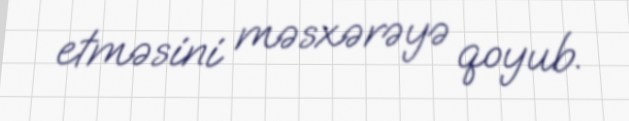
etməsini məsxərəyə qoyub.